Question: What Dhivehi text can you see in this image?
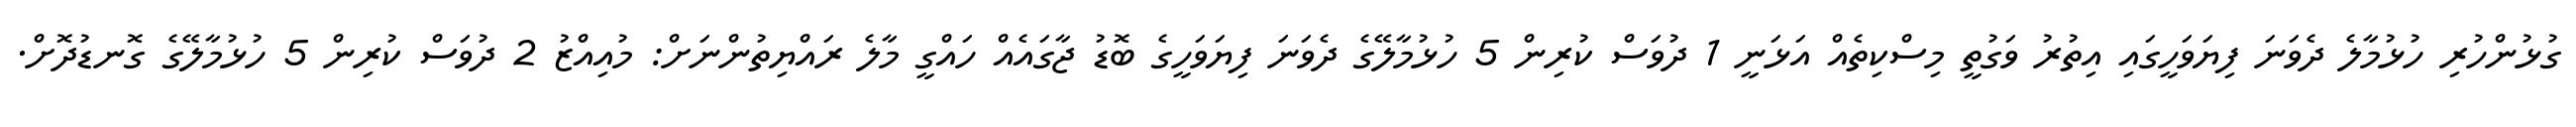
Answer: ގުޅުންހުރި ހުޅުމާލެ ދެވަނަ ފިޔަވަހީގައި އިތުރު ވަގުތީ މިސްކިތެއް އަޅަނީ 1 ދުވަސް ކުރިން 5 ހުޅުމާލޭގެ ދެވަނަ ފިޔަވަހީގެ ބޮޑު ޖާގައެއް ހައްގީ މާލެ ރައްޔިތުންނަށް: މުއިއްޒު 2 ދުވަސް ކުރިން 5 ހުޅުމާލޭގެ ގޮނޑުދޮށް.